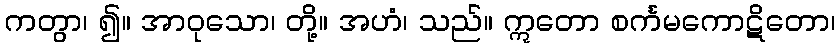
ကတွာ၊ ၍။ အာဝုသော၊ တို့။ အဟံ၊ သည်။ ဣတော စင်္ကမကောဋိတော၊